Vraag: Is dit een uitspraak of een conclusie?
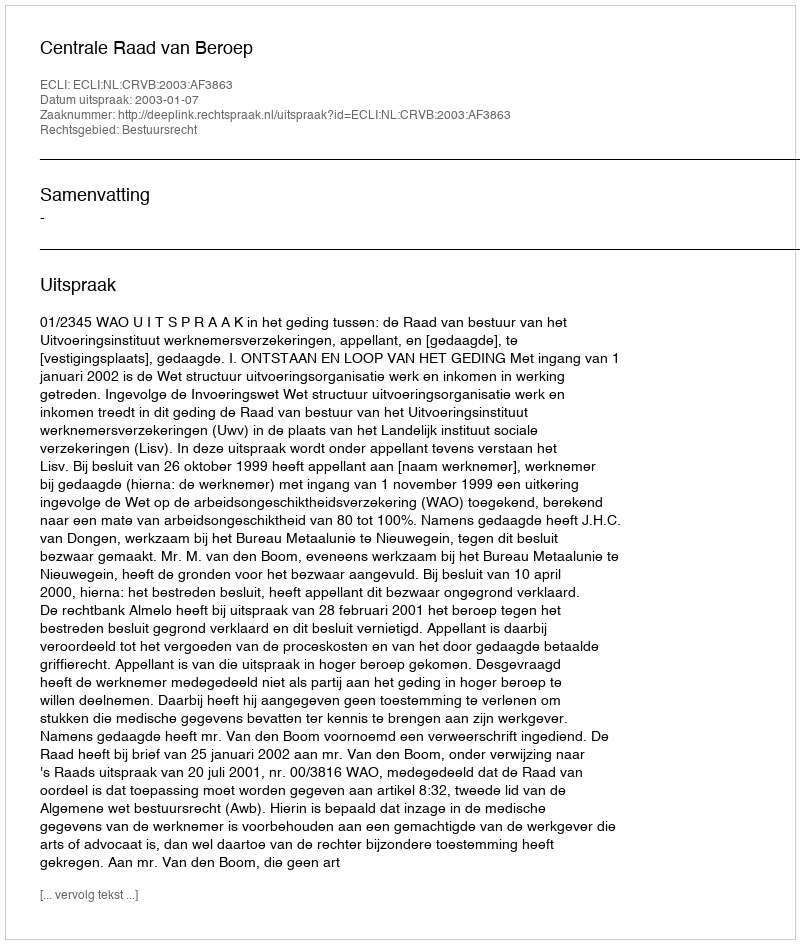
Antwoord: Uitspraak